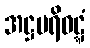
အဋ္ဌပရိဝဋ္ဋံ